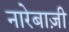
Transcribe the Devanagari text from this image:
नारेबाज़ी